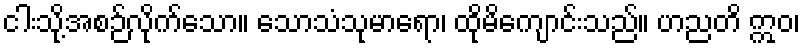
ငါးသို့အစဉ်လိုက်သော။ သောသံသုမာရော၊ ထိုမိကျောင်းသည်။ ဟညတိ ဣဝ၊